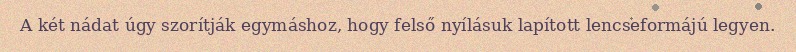
A két nádat úgy szorítják egymáshoz, hogy felső nyílásuk lapított lencseformájú legyen.